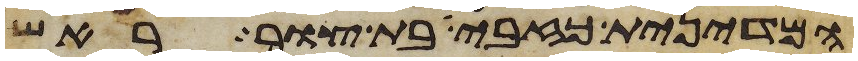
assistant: המדינית כזבית בת צור ראש